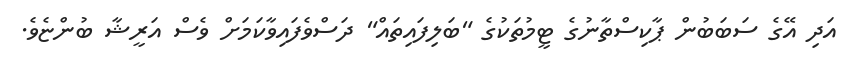
އަދި އޭގެ ސަބަބުން ޕާކިސްތާނުގެ ޓީމުތަކުގެ "ބަލިފައިތައް" ދަސްވެފައިވާކަމަށް ވެސް އަރީޝާ ބުންޏެވެ.